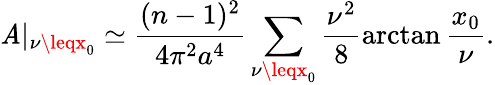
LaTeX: \mathit{A}|_{\nu\leqx_{0}}\simeq\frac{{(n-1)^{2}}}{{4\pi^{2}a^{4}}}\sum_{\nu\leqx_{0}}\frac{{\nu^{2}}}{{8}}\arctan\frac{{x_{0}}}{{\nu}}.